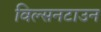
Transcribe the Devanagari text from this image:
विल्सनटाउन